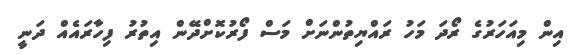
އިން މިއަހަރުގެ ރޯދަ މަހު ރައްޔިތުންނަށް މަސް ފޯރުކޮށްދޭން އިތުރު ފިހާރައެއް ދަނީ